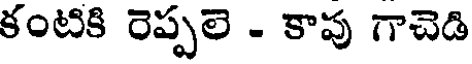
కంటికి రెప్పలె - కాపు గాచెడి